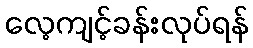
လေ့ကျင့်ခန်းလုပ်ရန်